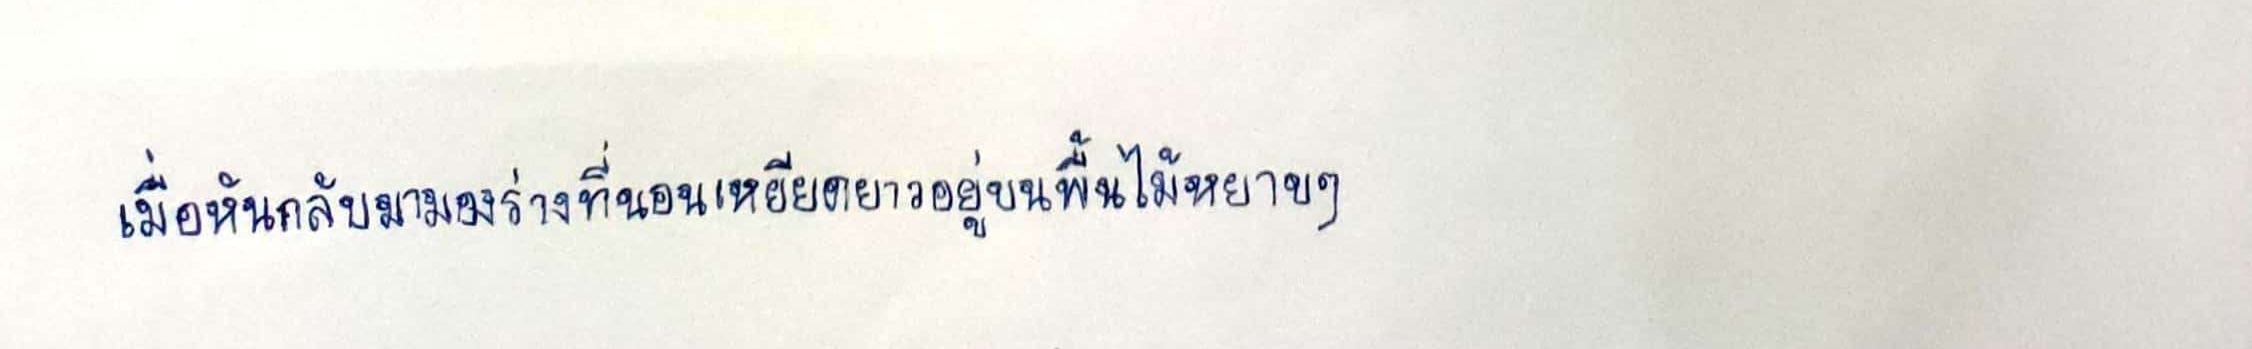
เมื่อหันกลับมามองร่างที่นอนเหยียดยาวอยู่บนพื้นไม้หยาบๆ